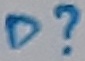
Text: D?